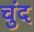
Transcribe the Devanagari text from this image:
चुंद